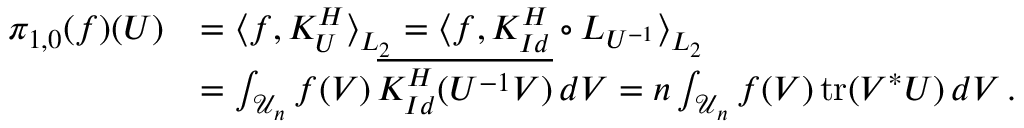
\begin{array} { r l } { \pi _ { 1 , 0 } ( f ) ( U ) } & { = \big \langle f , K _ { U } ^ { H } \big \rangle _ { L _ { 2 } } = \big \langle f , K _ { I d } ^ { H } \circ L _ { U ^ { - 1 } } \big \rangle _ { L _ { 2 } } } \\ & { = \int _ { \mathcal { U } _ { n } } f ( V ) \, \overline { { K _ { I d } ^ { H } ( U ^ { - 1 } V ) } } \, d V = n \int _ { \mathcal { U } _ { n } } f ( V ) \, \mathrm { t r } ( V ^ { * } U ) \, d V \, . } \end{array}